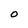
Character: O